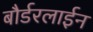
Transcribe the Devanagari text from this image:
बौर्डरलाईन